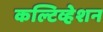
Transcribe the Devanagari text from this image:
कल्टिव्हेशन